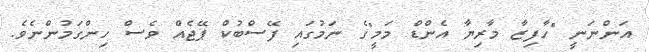
އަންނަނީ "ހާފިޒާ މާރިޔާ އެންޑް މަމީ"ގެ ނަމުގައި ފޭސްބުކް ޕޭޖެއް ވެސްް ހިންގަމުންނެވެ.